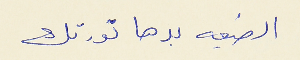
الضيعه بدها تورتك